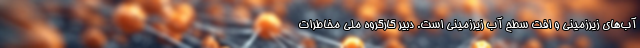
آب‌های زیرزمینی و افت سطح آب زیرزمینی است. دبیر کارگروه ملی مخاطرات